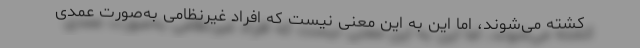
کشته می‌شوند، اما این به این معنی نیست که افراد غیرنظامی به‌صورت عمدی